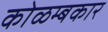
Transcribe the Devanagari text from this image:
कोळम्बकार